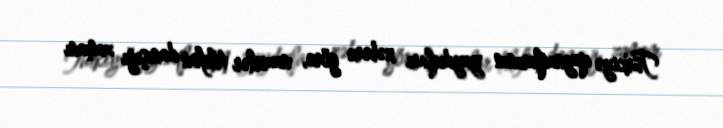
Türkiyə qaynaqlarının yaydıqları xəbərə görə, nazirlər telefon danışığı zamanı